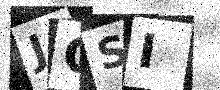
Text: JCSI